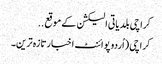
کراچی بلدیاتی الیکشن کے موقع ..
کراچی (اُردو پوائنٹ اخبارتازہ ترین۔